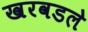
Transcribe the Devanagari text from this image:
खरवडले